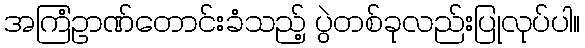
အကြံဥာဏ်တောင်းခံသည့် ပွဲတစ်ခုလည်းပြုလုပ်ပါ။